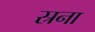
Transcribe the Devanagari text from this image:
स्रना